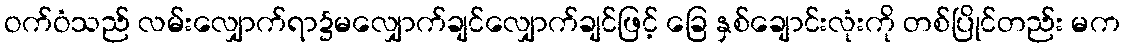
ဝက်ဝံသည် လမ်းလျှောက်ရာ၌မလျှောက်ချင်လျှောက်ချင်ဖြင့် ခြေ နှစ်ချောင်းလုံးကို တစ်ပြိုင်တည်း မက